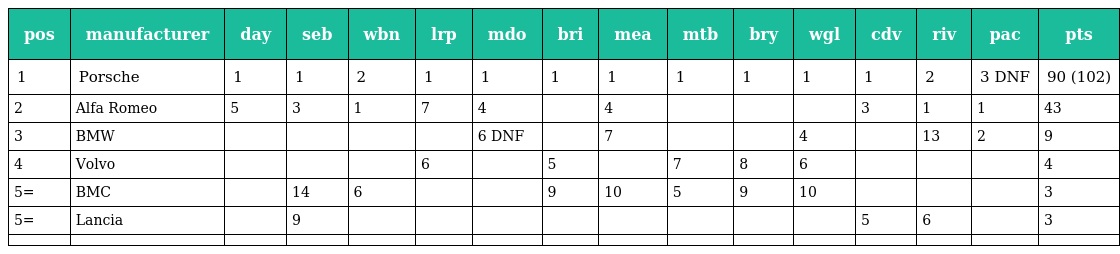
| pos | manufacturer | day | seb | wbn | lrp | mdo | bri | mea | mtb | bry | wgl | cdv | riv | pac | pts |
 | --- | --- | --- | --- | --- | --- | --- | --- | --- | --- | --- | --- | --- | --- | --- | --- |
 | 1 | Porsche | 1 | 1 | 2 | 1 | 1 | 1 | 1 | 1 | 1 | 1 | 1 | 2 | 3 DNF | 90 (102) |
 | 2 | Alfa Romeo | 5 | 3 | 1 | 7 | 4 |  | 4 |  |  |  | 3 | 1 | 1 | 43 |
 | 3 | BMW |  |  |  |  | 6 DNF |  | 7 |  |  | 4 |  | 13 | 2 | 9 |
 | 4 | Volvo |  |  |  | 6 |  | 5 |  | 7 | 8 | 6 |  |  |  | 4 |
 | 5= | BMC |  | 14 | 6 |  |  | 9 | 10 | 5 | 9 | 10 |  |  |  | 3 |
 | 5= | Lancia |  | 9 |  |  |  |  |  |  |  |  | 5 | 6 |  | 3 |
 |  |  |  |  |  |  |  |  |  |  |  |  |  |  |  |  |